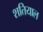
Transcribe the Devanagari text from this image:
शतियाल